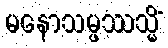
မနောသမ္ဖဿသ္မိံ